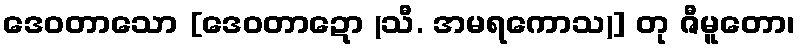
ဒေဝတာသော [ဒေဝတာဍော (သီ. အမရကောသ)] တု ဇီမူတော၊